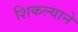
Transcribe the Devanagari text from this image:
शिकल्याने